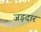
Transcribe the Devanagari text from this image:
जड़दार